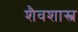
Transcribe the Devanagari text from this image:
शैवशास्त्र